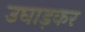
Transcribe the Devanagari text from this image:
उघाड़कर